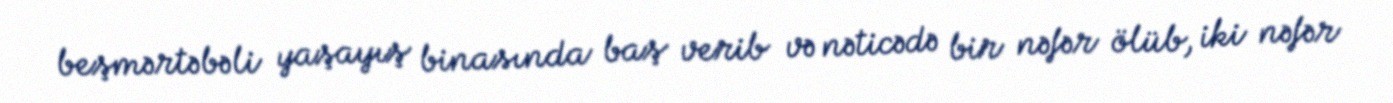
beşmərtəbəli yaşayış binasında baş verib və nəticədə bir nəfər ölüb, iki nəfər